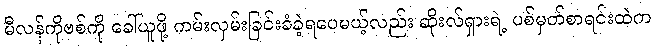
မီလန်ကိုဗစ်ကို ခေါ်ယူဖို့ ကမ်းလှမ်းခြင်းခံခဲ့ရပေမယ့်လည်း ဆိုးလ်ရှားရဲ့ ပစ်မှတ်စာရင်းထဲက